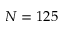
N = 1 2 5